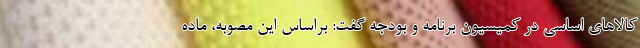
کالاهای اساسی در کمیسیون برنامه و بودجه گفت: براساس این مصوبه، ماده